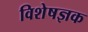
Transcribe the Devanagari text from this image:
विशेषज्ञक